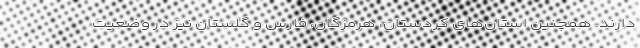
دارند. همچنین استان‌های کردستان، هرمزگان، فارس و گلستان نیز در وضعیت